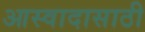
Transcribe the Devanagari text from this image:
आस्वादासाठी